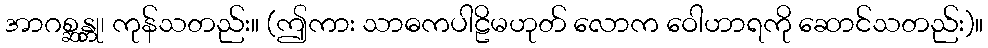
အာဂစ္ဆန္တု၊ ကုန်သတည်း။ (ဤကား သာဓကပါဠိမဟုတ် လောက ဝေါဟာရကို ဆောင်သတည်း)။